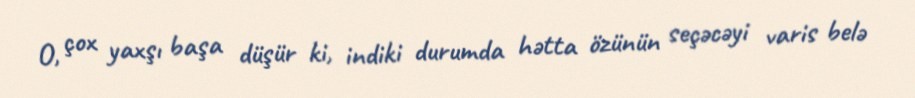
O, çox yaxşı başa düşür ki, indiki durumda hətta özünün seçəcəyi varis belə